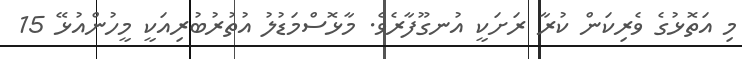
މި އަތޮޅުގެ ވެރިކަން ކުރާ ރަށަކީ އުނގޫފާރެވެ. މާޅޮސްމަޑުލު އުތުރުބުރިއަކީ މީހުންއުޅޭ 15